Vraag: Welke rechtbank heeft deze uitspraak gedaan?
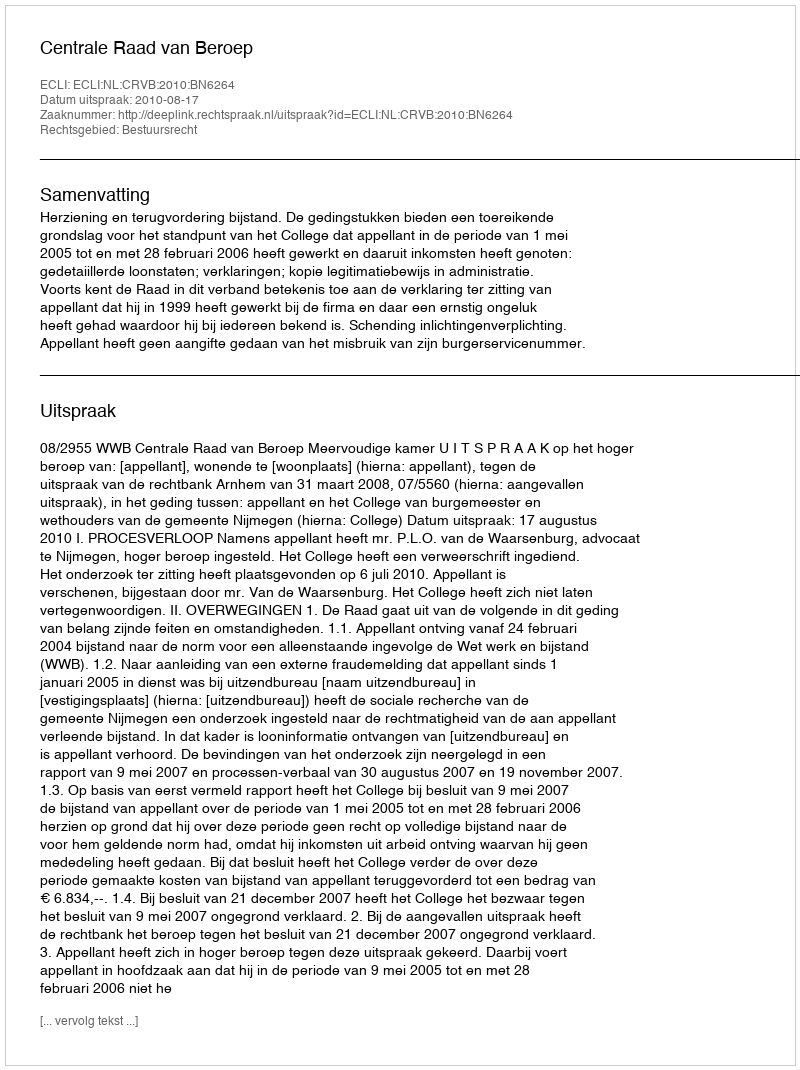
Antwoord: Centrale Raad van Beroep